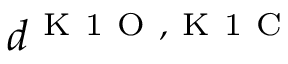
d ^ { \mathrm { ~ K ~ 1 ~ O ~ } , \mathrm { ~ K ~ 1 ~ C ~ } }